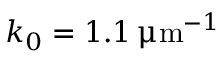
k _ { 0 } = 1 . 1 \, \upmu \mathrm { m } ^ { - 1 }